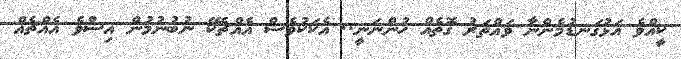
ކީއްވެ އަޅުގަނޑުމެންނާ ވައްތަރު ގޮތެއް ހުންނަނީ.. އެކަކުވެސް އެއްޗެކޭ ނުބުނުމުން އިސްވެ އެއްޗެއް